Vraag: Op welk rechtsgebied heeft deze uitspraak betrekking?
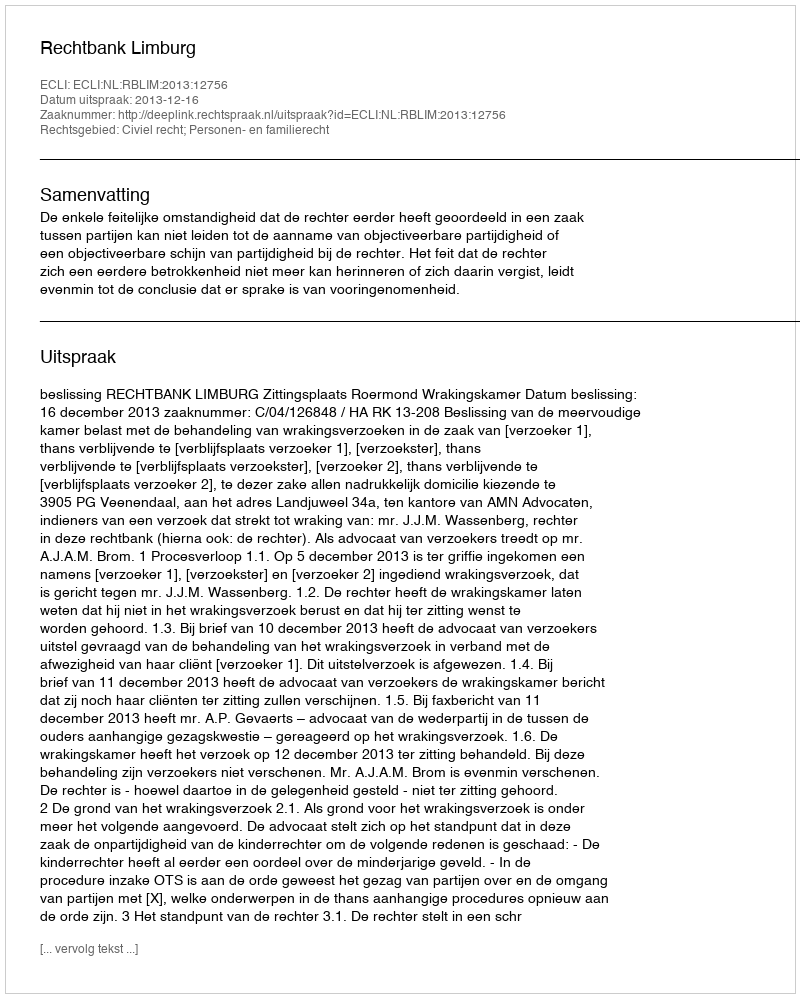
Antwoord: Civiel recht; Personen- en familierecht